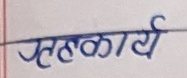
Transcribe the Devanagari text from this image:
सहकार्य